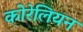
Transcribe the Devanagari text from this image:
कोरेलियन